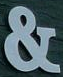
&